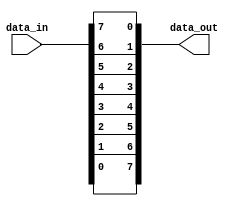
//generatemodule;UDP;;initialalways
`timescale 1ns/1ns
module gen_for_module( 
    input [7:0] data_in,
    output [7:0] data_out
);
genvar i;
generate
for(i=0;i<=7;i=i+1)
begin: assign_data_out
  assign data_out[i]=data_in[7-i]; //assign
end
endgenerate
endmodule